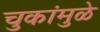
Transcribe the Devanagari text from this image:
चुकांमुळे